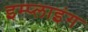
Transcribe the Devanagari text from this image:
इम्प्‍लाइंग